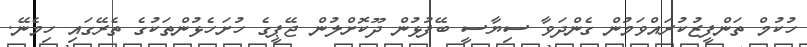
ހުކުމް ތަންފީޒުކުރައްވަމުން ގެންދަވާ ސިޔާސީ ބޭފުޅުން ދޫކޮށްލުން ޖޭޕީގެ ހުށަހެޅުންތަކުގެ ތެރޭގައި ހިމެނޭ.